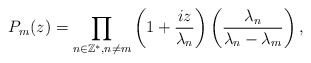
\begin{align*} P_m(z)=\displaystyle\prod_{n\in\mathbb{Z}^*, n\neq m}\left(1+\frac{iz}{\lambda_n}\right)\left(\frac{\lambda_n}{\lambda_n-\lambda_m}\right),\end{align*}